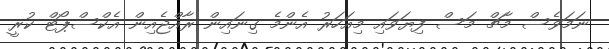
ނަމަވެސް މާޗް މަސް ފިޔަވައި މިއަހަރު އެންމެ ގިނައިން ރާއްޖެއިން އެކްސްޕޯޓް ކުރީ